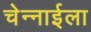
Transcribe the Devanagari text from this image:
चेन्नाईला